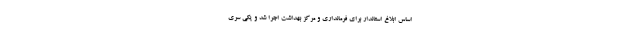
اساس ابلاغ استاندار برای فرمانداری و مرکز بهداشت اجرا شد و یکی سری